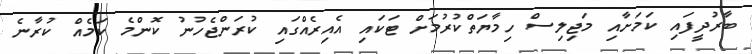
ބާރުދީފައި ކަމަށާއި މަޖިލިސް ހިމާޔަތްކުރުމަށް ޓަކައި އެއިރެއްގައި ކުރަންޖެހުނު ކޮންމެ ކަމެއް ކުރާނެ